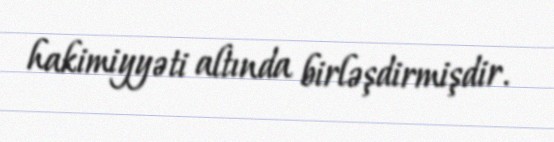
hakimiyyəti altında birləşdirmişdir.